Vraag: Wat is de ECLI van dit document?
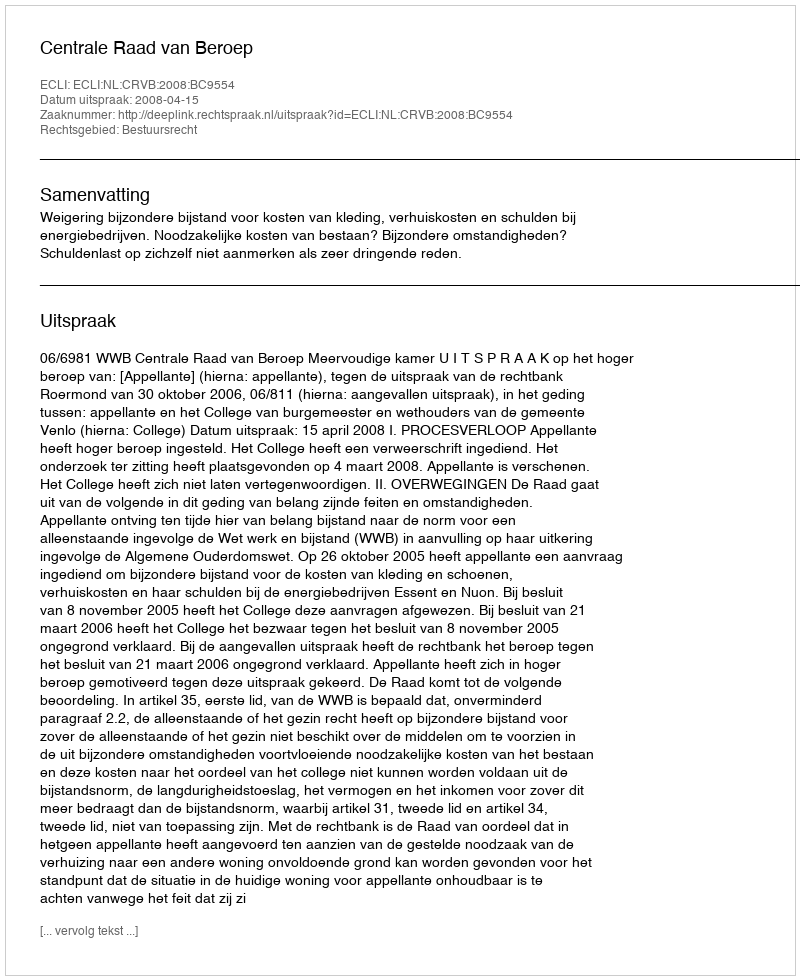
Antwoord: ECLI:NL:CRVB:2008:BC9554